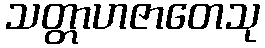
သတ္တာဟဇာတေသု